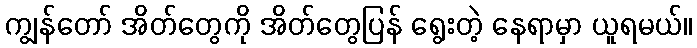
ကျွန်တော် အိတ်တွေကို အိတ်တွေပြန် ရွေးတဲ့ နေရာမှာ ယူရမယ်။